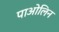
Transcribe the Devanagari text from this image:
पाओलिन